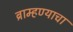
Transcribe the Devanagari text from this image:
ब्राम्हण्याचा